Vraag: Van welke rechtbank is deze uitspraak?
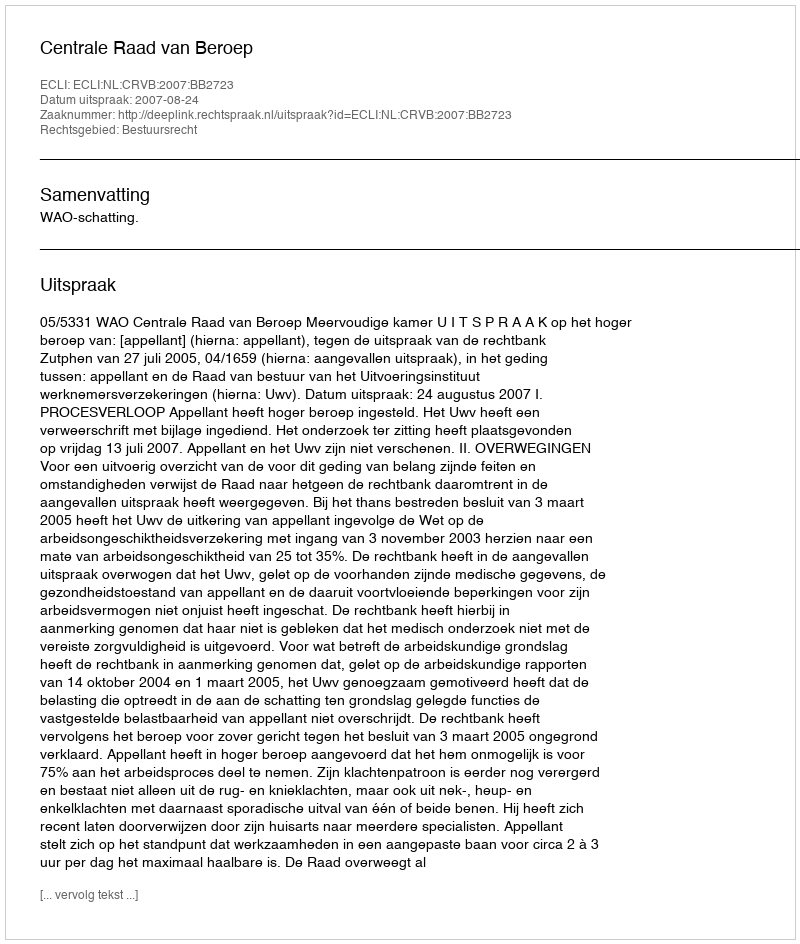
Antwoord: Centrale Raad van Beroep